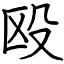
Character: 殴